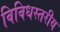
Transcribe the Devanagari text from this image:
विविधस्तरीय